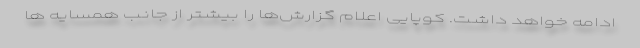
ادامه خواهد داشت. کوپایی اعلام گزارش‌ها را بیشتر از جانب همسایه ها